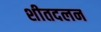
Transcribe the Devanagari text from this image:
शीतदलन